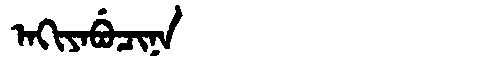
Manchu: ᠠᡴᡳᠶᠠᠪᡠᠴᡳᠨᠠ
Romanization: AKIYABUCINA